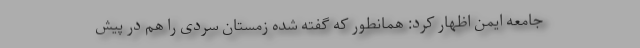
جامعه ایمن اظهار کرد: همانطور که گفته شده زمستان سردی را هم در پیش